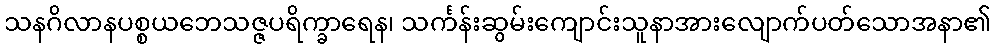
သနဂိလာနပစ္စယဘေသဇ္ဇပရိက္ခာရေန၊ သင်္ကန်းဆွမ်းကျောင်းသူနာအားလျောက်ပတ်သောအနာ၏